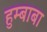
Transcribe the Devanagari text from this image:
हुम्बाबा